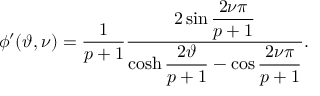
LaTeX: \phi ^ { \prime } ( \vartheta , \nu ) = \displaystyle \frac { 1 } { p + 1 } \displaystyle \frac { 2 \sin \displaystyle \frac { 2 \nu \pi } { p + 1 } } { \cosh \displaystyle \frac { 2 \vartheta } { p + 1 } - \cos \displaystyle \frac { 2 \nu \pi } { p + 1 } } .